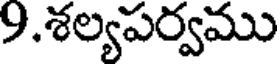
9.శల్యపర్వము